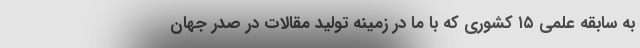
به سابقه علمی ۱۵ کشوری که با ما در زمینه تولید مقالات در صدر جهان